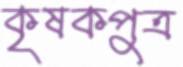
কৃষকপুত্র